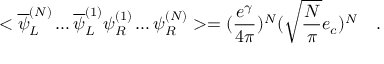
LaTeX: < \overline { { { \psi } } } _ { L } ^ { ( { \cal N } ) } \ldots \overline { { { \psi } } } _ { L } ^ { ( 1 ) } \psi _ { R } ^ { ( 1 ) } \ldots \psi _ { R } ^ { ( { \cal N } ) } > = ( \frac { e ^ { \gamma } } { 4 \pi } ) ^ { \cal N } ( \sqrt { \frac { \cal N } { \pi } } e _ { c } ) ^ { \cal N } \quad .